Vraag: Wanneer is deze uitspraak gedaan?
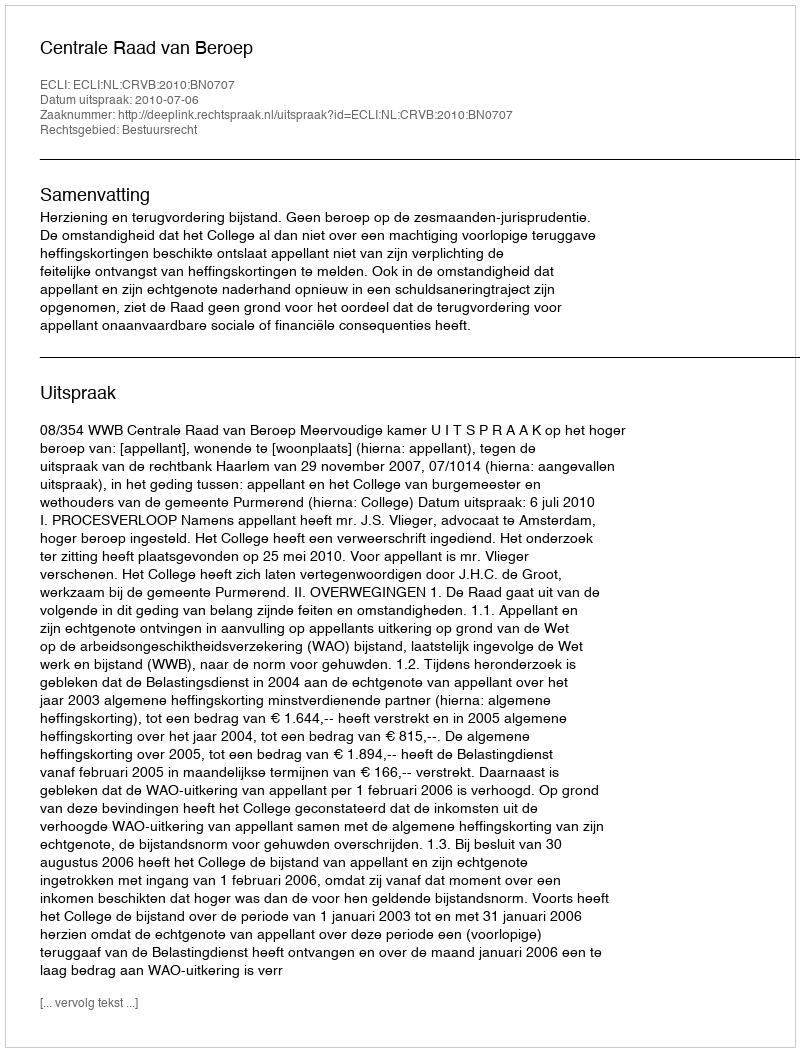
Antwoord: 2010-07-06